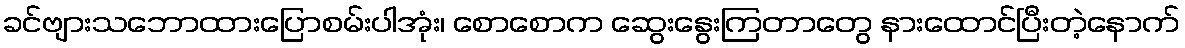
ခင်ဗျားသဘောထားပြောစမ်းပါအုံး၊ စောစောက ဆွေးနွေးကြတာတွေ နားထောင်ပြီးတဲ့နောက်